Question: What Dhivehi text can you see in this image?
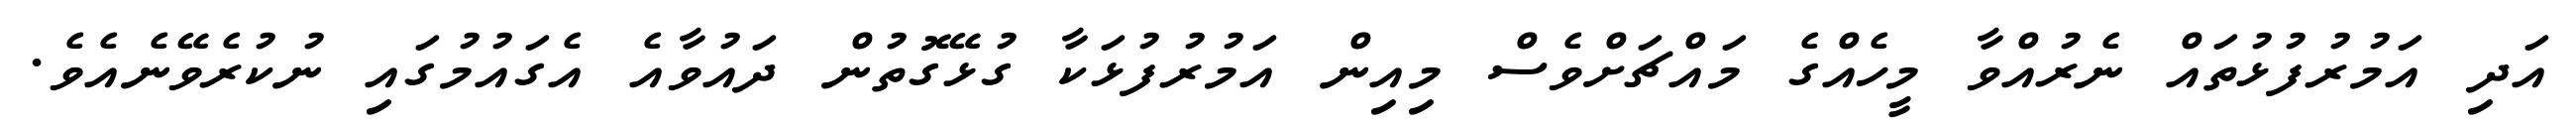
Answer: އަދި އަމުރުފުޅުތައް ނެރުއްވާ މީހެއްގެ މައްޗަށްވެސް މިއިން އަމުރުފުޅަކާ ގުޅޭގޮތުން ދައުވާއެ އެގައުމުގައި ނުކުރެވޭނެއެވެ.